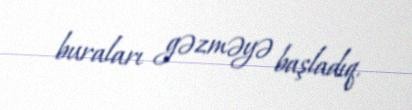
buraları gəzməyə başladıq.